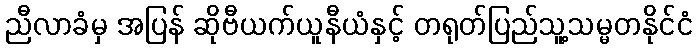
ညီလာခံမှ အပြန် ဆိုဗီယက်ယူနီယံနှင့် တရုတ်ပြည်သူ့သမ္မတနိုင်ငံ